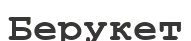
Берукет